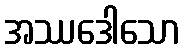
အဿဒေါသော